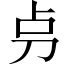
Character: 𠛤